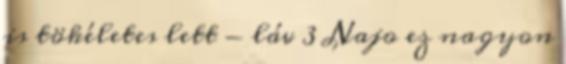
is tökéletes lett - láv 3 Najo ez nagyon